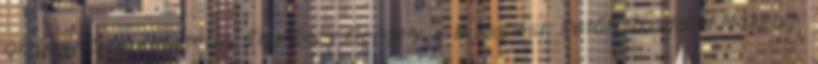
október Szerkesztette: Thuróczy Gergely. – Budapest: Petőfi Irodalmi Múzeum: